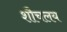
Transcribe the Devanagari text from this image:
शौचलय